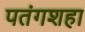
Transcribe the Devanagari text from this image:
पतंगशहा